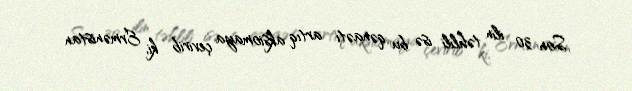
Son 30 ilin təhlili isə bu qənaəti artıq aksiomaya çevirib ki, Ermənistan